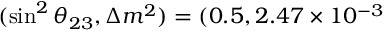
( \sin ^ { 2 } \theta _ { 2 3 } , \Delta m ^ { 2 } ) = ( 0 . 5 , 2 . 4 7 \times 1 0 ^ { - 3 }